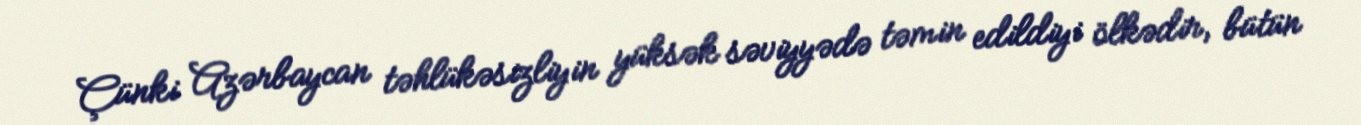
Çünki Azərbaycan təhlükəsizliyin yüksək səviyyədə təmin edildiyi ölkədir, bütün